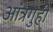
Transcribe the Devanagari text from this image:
आंत्रगुही